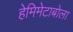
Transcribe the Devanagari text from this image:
हेमिमेटाबोला